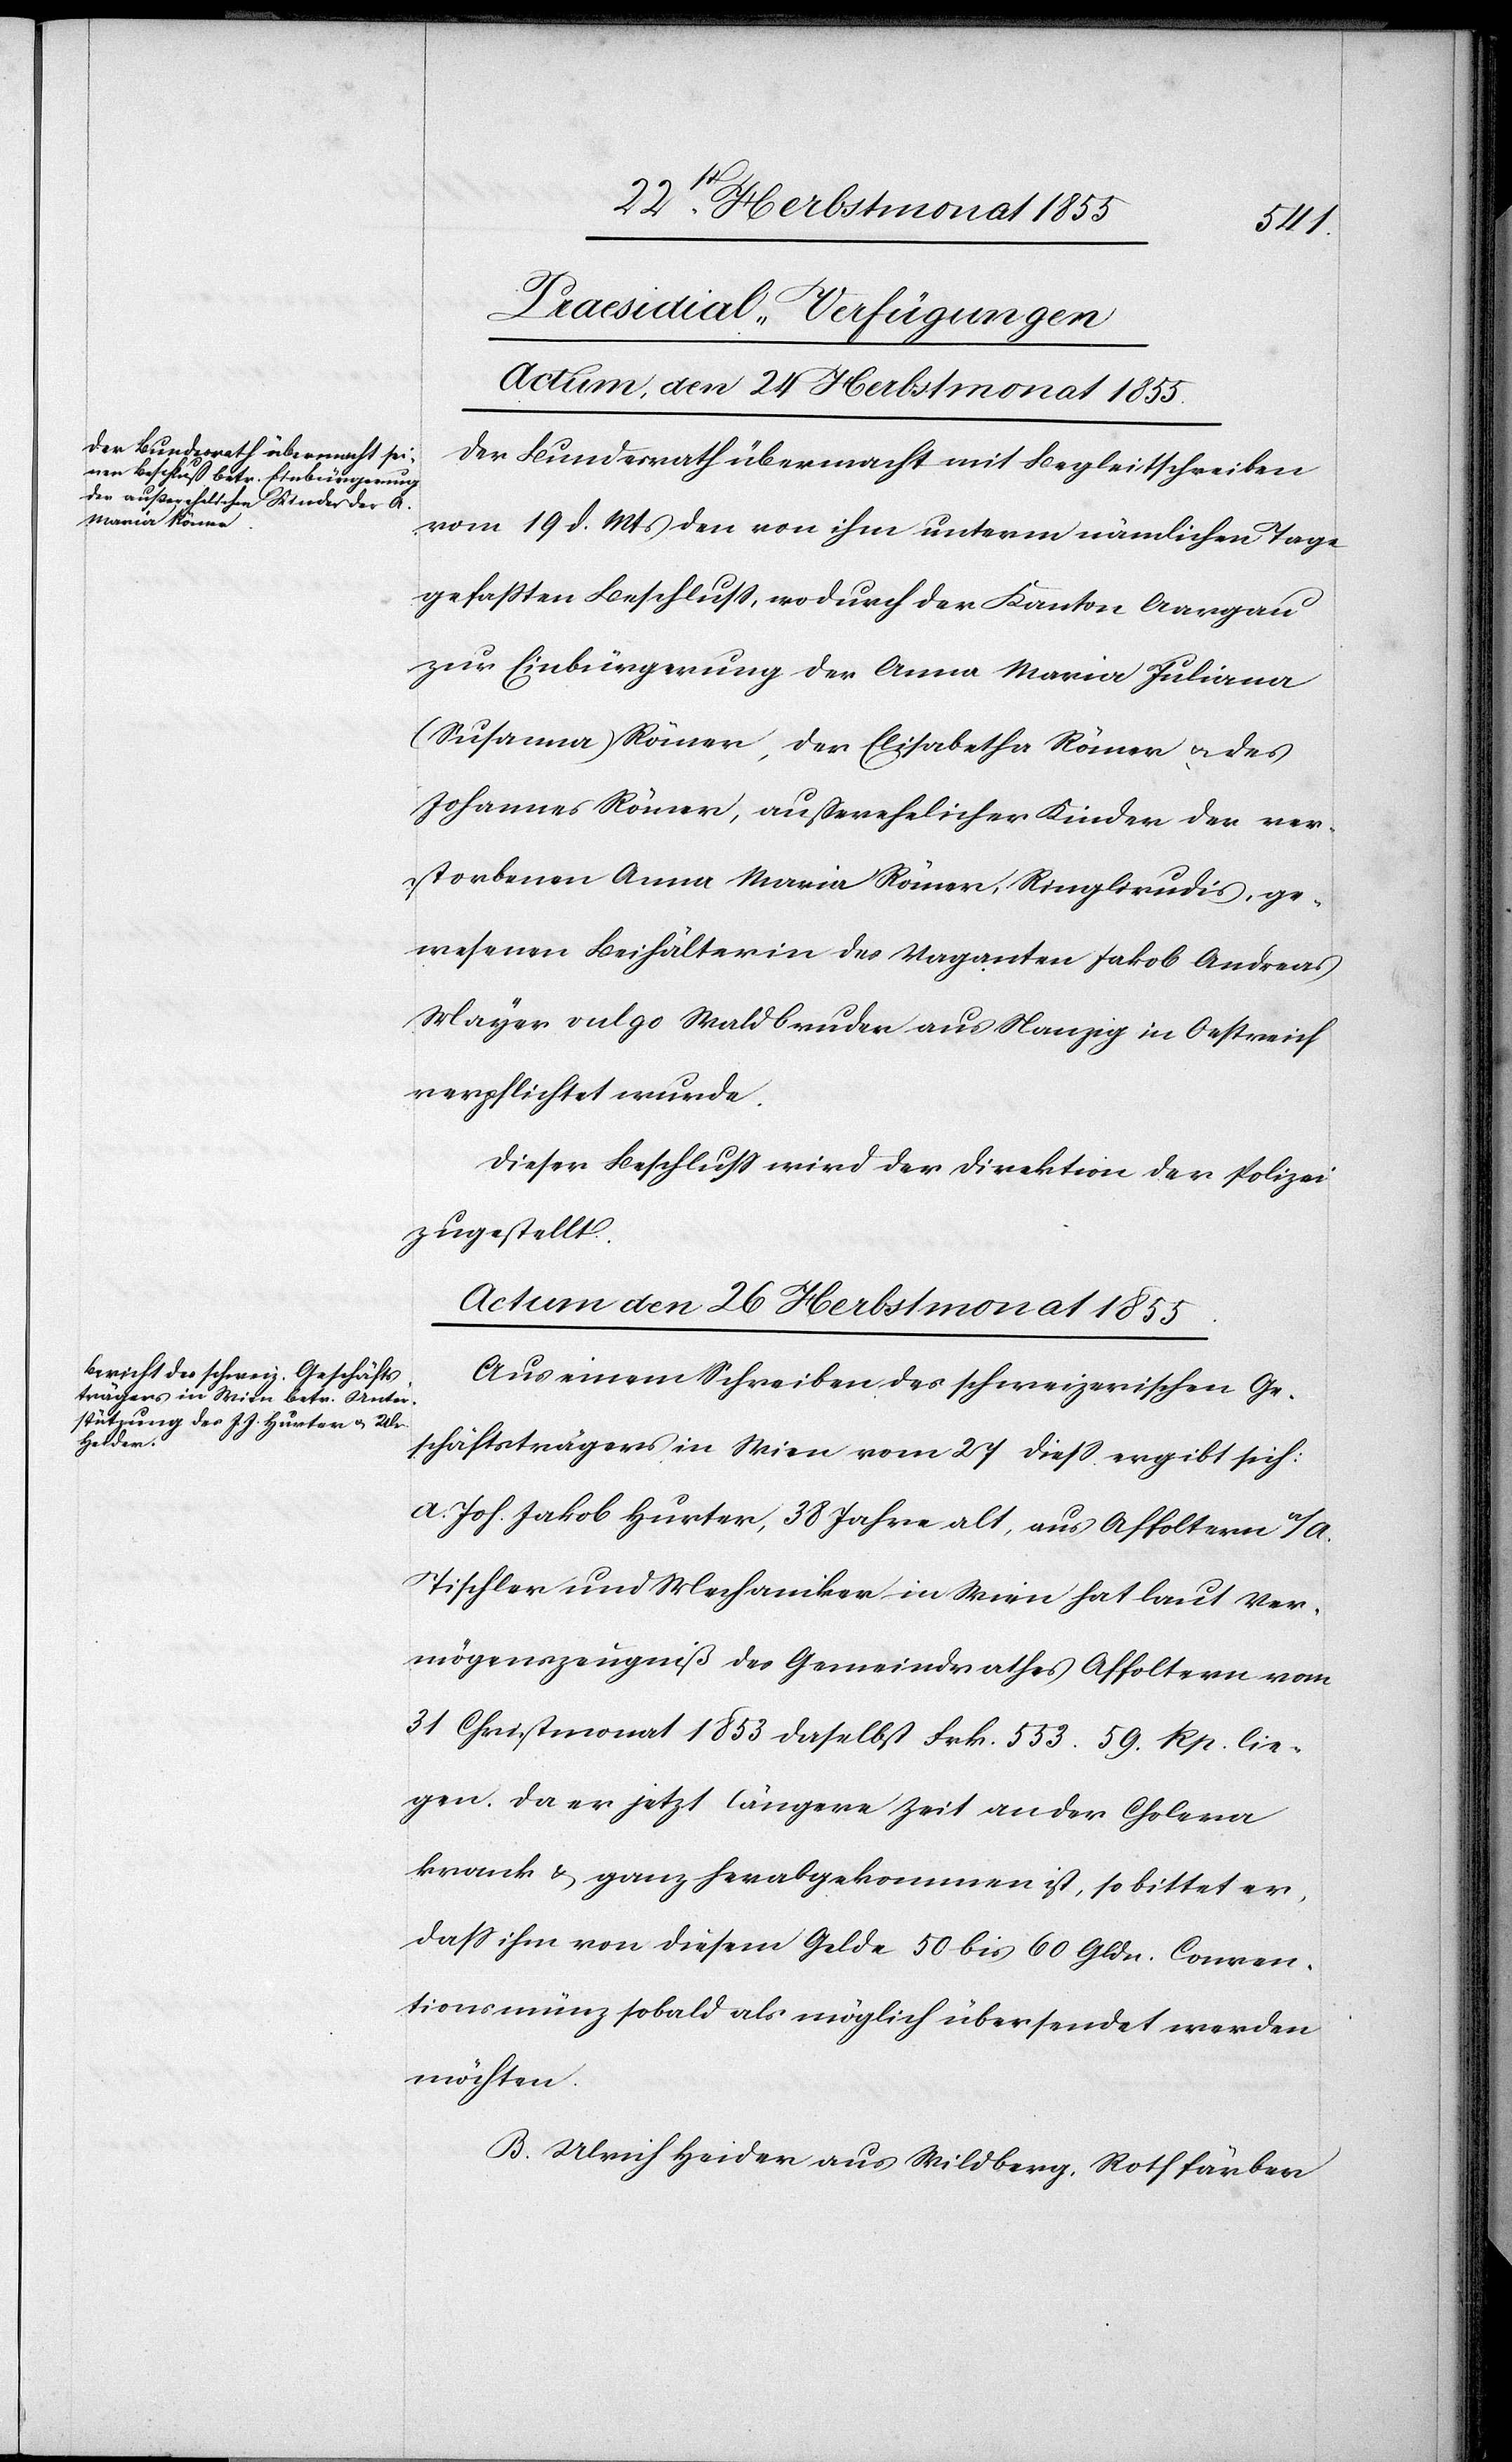
[Praesidial-Verfügungen]
Actum, den 24 Herbstmonat 1855.
Der Bundesrath übermacht mit Begleitschreiben
vom 19 d. Mts den von ihm unterm nämlichen Tage
gefaßten Beschluss, wodurch der Kanton Aargau
zur Einbürgerung der Anna Maria Juliana
(Susanna) Römer, der Elisabetha Römer & des
Johannes Römer, ausserehelicher Kinder der ver¬
storbenen Anna Maria Römer, Ringlirudis, ge¬
wesenen Beihälterin des Vaganten Jakob Andreas
Mayer vulgo Waldbruder aus Nanzig in Oestreich
verpflichtet wurde.
Dieser Beschluss wird der Direktion der Polizei
zugestellt.
Actum den 26 Herbstmonat 1855.
Aus einem Schreiben des schweizerischen Ge¬
schäftsträgers in Wien vom 27 diess ergibt sich:
A. Joh. Jakob Hurter, 38 Jahre alt, aus Affoltern a/A.
Tischler und Mechaniker in Wien hat laut Ver¬
mögenszeugniß des Gemeindrathes Affoltern vom
31 Christmonat 1853 daselbst Frk. 553. 59. Rp. lie¬
gen. Da er jetzt längere Zeit an der Cholera
krank & ganz herabgekommen ist, so bittet er,
dass ihm von diesem Gelde 50 bis 60 Gldn. Conven¬
tionsmünz sobald als möglich übersendet werden
möchten.
B. Ulrich Heider aus Wildberg, Rothfärber